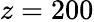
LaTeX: z=200